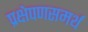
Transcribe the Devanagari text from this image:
प्रक्षेपणसमर्थ